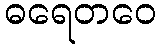
ဓရေတဝေ